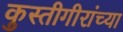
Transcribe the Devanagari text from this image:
कुस्तीगीरांच्या